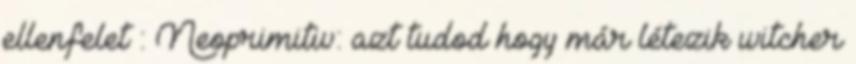
ellenfelet : Neoprimitiv: azt tudod hogy már létezik witcher